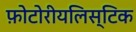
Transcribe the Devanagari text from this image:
फ़ोटोरीयलिस्टिक